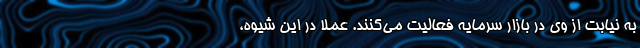
به نیابت از وی در بازار سرمایه فعالیت می‌کنند. عملاً در این شیوه،